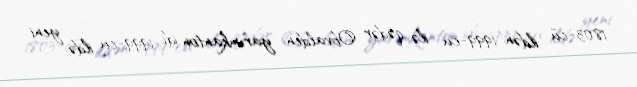
1803-cü ildən 1999-cu ilə qədər Obvalden yarımkanton idi. 1999-cu ildə yeni